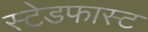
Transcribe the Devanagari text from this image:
स्टेडफास्ट